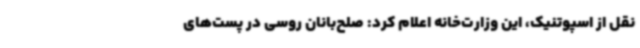
نقل از اسپوتنیک، این وزارت‌خانه اعلام کرد: صلح‌بانان روسی در پست‌های